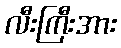
လီးကြီးအား